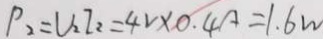
P _ { 2 } = U _ { 2 } T _ { 2 } = 4 v \times 0 . 4 A = 1 . 6 w